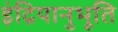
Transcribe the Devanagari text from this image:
इंद्रियानुभूति